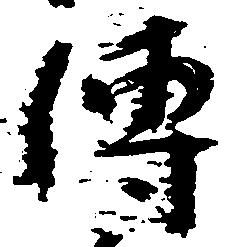
伝